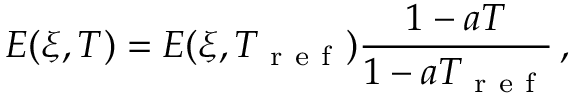
E ( \xi , T ) = E ( \xi , T _ { \mathrm { ~ r ~ e ~ f ~ } } ) \frac { 1 - a T } { 1 - a T _ { \mathrm { ~ r ~ e ~ f ~ } } } \, ,